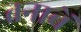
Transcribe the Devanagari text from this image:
तनाबें